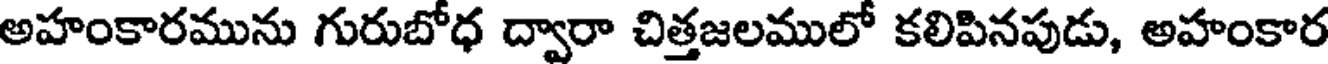
అహంకారమును గురుబోధ ద్వారా చిత్తజలములో కలిపినపుడు, అహంకార